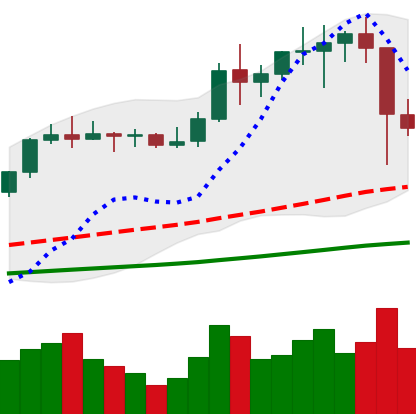
Ticker: LTC-USD
Chart end date: 2021-01-12
Forward return: 7.385%
Label: up_7plus